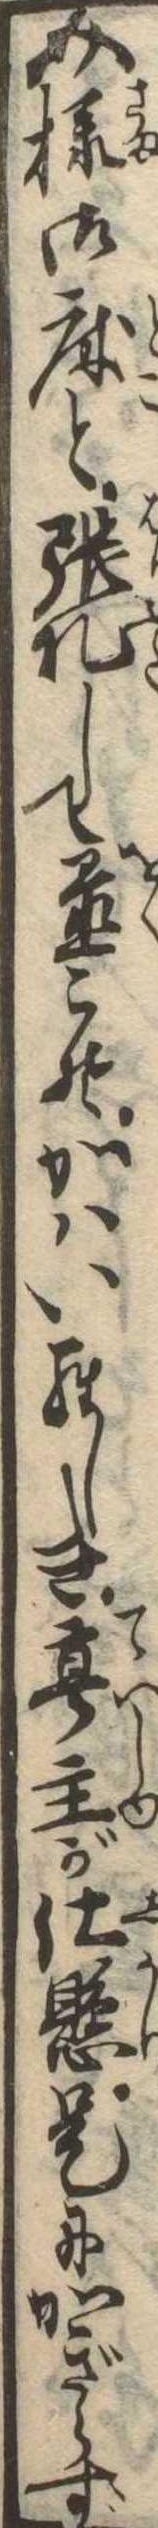
介様御床と張札して置こそかはいらしき亭主が仕懸是にかぎらず